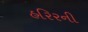
હરિરની